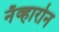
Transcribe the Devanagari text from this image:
नॅव्हारोन